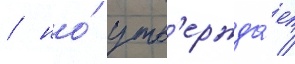
/ но́ утв'ержда́ет /